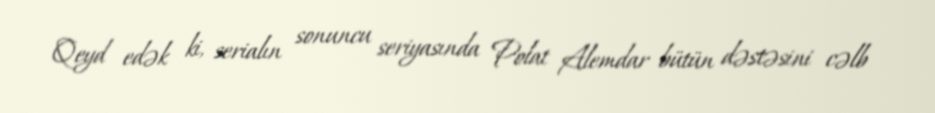
Qeyd edək ki, serialın sonuncu seriyasında Polat Alemdar bütün dəstəsini cəlb